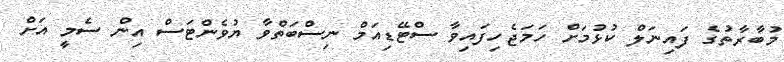
މުބާރާތުގެ ފައިނަލް ކުޅުމަށް ހަމަޖެހިފައިވާ ސްޓޭޑިއަމް ނިސްބަތްވާ ޔުވެންޓަސް އިން ސެމީ އަށް